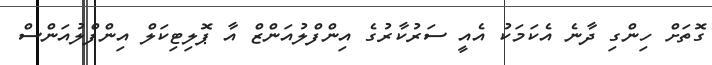
ގޮތަށް ހިންގި ދާނެ އެކަމަކު އެއީ ސަރުކާރުގެ އިންފްލުއަންޒް އާ ޕޮލިޓިކަލް އިންފްލުއަންސް